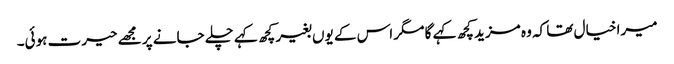
میرا خیال تھا کہ وہ مزید کچھ کہے گا مگر اس کے یوں بغیر کچھ کہے چلے جانے پر مجھے حیرت ہوئی۔